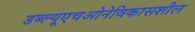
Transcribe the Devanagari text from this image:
डब्‍ल्‍यूएचओनेविकासशील